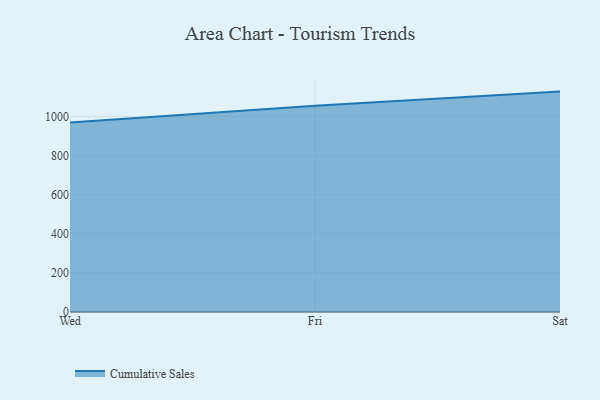
{"axis": {"x": "Day", "y": "Conversion Rate (%)"}, "legend": ["Cumulative Sales"], "data": [{"x": "Wed", "y": 969.0, "type": "Cumulative Sales"}, {"x": "Fri", "y": 1055.7, "type": "Cumulative Sales"}, {"x": "Sat", "y": 1127.6, "type": "Cumulative Sales"}]}